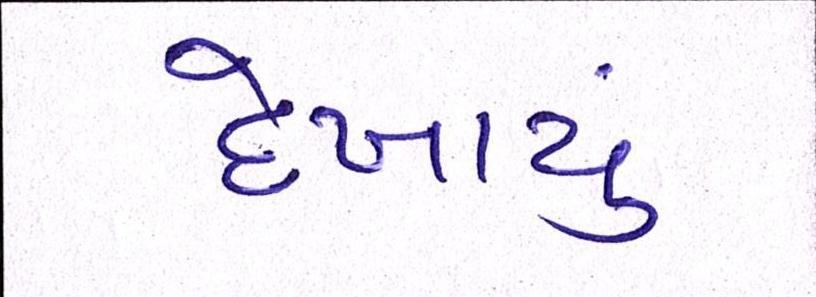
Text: દેખાયું